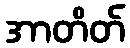
အာတိတ်